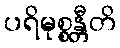
ပရိမုစ္စန္တီတိ